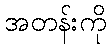
အတန်းကို